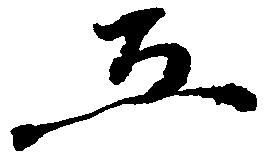
五